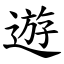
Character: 遊